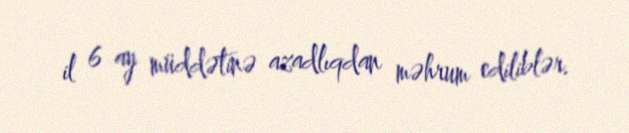
il 6 ay müddətinə azadlıqdan məhrum ediliblər.